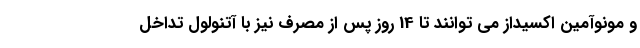
و مونوآمین اکسیداز می توانند تا 14 روز پس از مصرف نیز با آتنولول تداخل